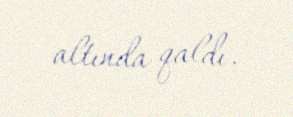
altında qaldı.